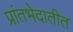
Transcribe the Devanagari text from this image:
प्रांतभेदातीत